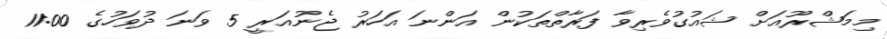
މިމަޝްރޫއަށް ޝައުގުވެރިވާ ފަރާތްތަކުން އަންނަ އަހަރު ޖެނުއަރީ 5 ވަނަ ދުވަހުގެ 11:00